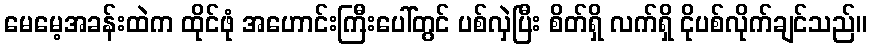
မေမေ့အခန်းထဲက ထိုင်ဖုံ အဟောင်းကြီးပေါ်တွင် ပစ်လှဲပြီး စိတ်ရှိ လက်ရှိ ငိုပစ်လိုက်ချင်သည်။